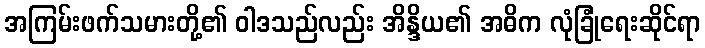
အကြမ်းဖက်သမားတို့၏ ဝါဒသည်လည်း အိန္ဒိယ၏ အဓိက လုံခြုံရေးဆိုင်ရာ